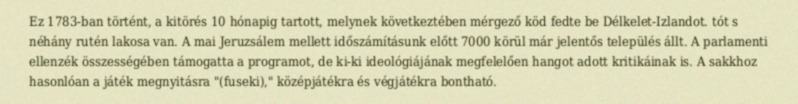
Ez 1783-ban történt, a kitörés 10 hónapig tartott, melynek következtében mérgező köd fedte be Délkelet-Izlandot. tót s néhány rutén lakosa van. A mai Jeruzsálem mellett időszámításunk előtt 7000 körül már jelentős település állt. A parlamenti ellenzék összességében támogatta a programot, de ki-ki ideológiájának megfelelően hangot adott kritikáinak is. A sakkhoz hasonlóan a játék megnyitásra "(fuseki)," középjátékra és végjátékra bontható.